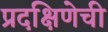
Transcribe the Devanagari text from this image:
प्रदक्षिणेची